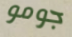
جومو